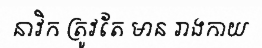
នាវិក ត្រូវតែ មាន រាងកាយ